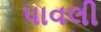
પાવલી